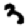
Digit: 3